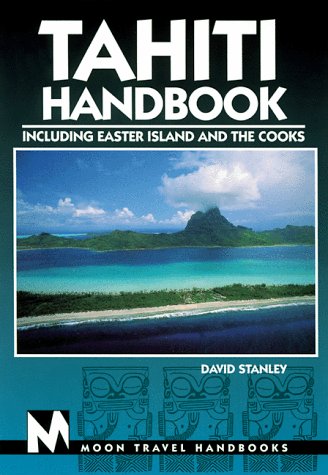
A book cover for Tahiti Handbook Including Easter Island and the Cooks; David Stanley; Travel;